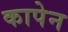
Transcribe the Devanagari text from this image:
कापेन